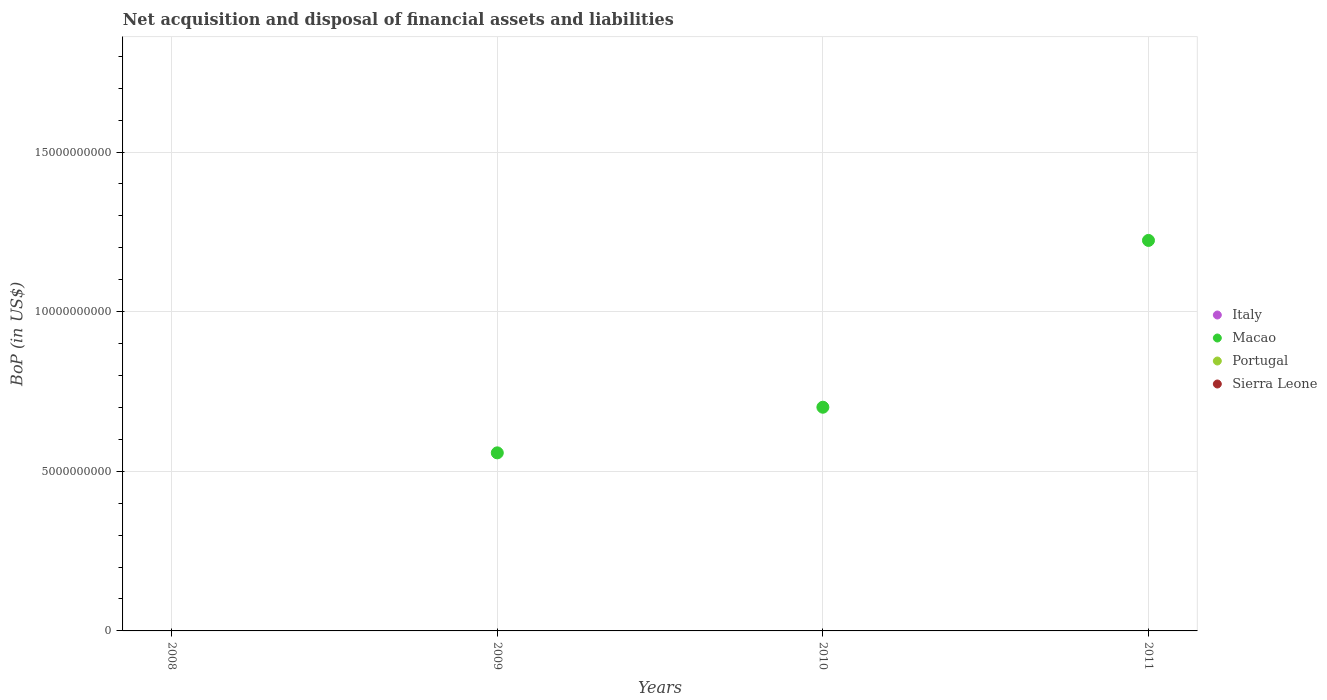
| Years | Italy | Macao | Portugal | Sierra Leone |
 | --- | --- | --- | --- | --- |
 | 2008 | -4.85e+10 | -1.14e+09 | -2.82e+10 | -1.91e+08 |
 | 2009 | -5.07e+10 | 5.58e+09 | -2.28e+10 | -1.84e+08 |
 | 2010 | -1.15e+11 | 7.01e+09 | -2.04e+10 | -4.56e+08 |
 | 2011 | -9.64e+10 | 1.22e+10 | -1.16e+10 | -1.76e+09 |